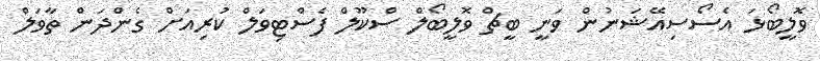
ވޮލީބޯޅަ އެސޯސިއޭޝަނުން ވަނީ ބީޗް ވޮލީބޯލް ސްކޫލް ފެސްޓިވަލް ކުރިއަށް ގެންދަން ތާވަލް